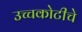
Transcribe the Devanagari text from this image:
उच्चकोटीचे